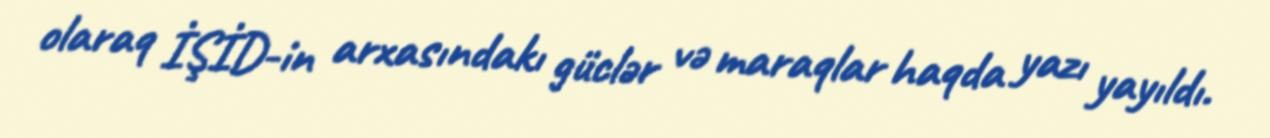
olaraq İŞİD-in arxasındakı güclər və maraqlar haqda yazı yayıldı.